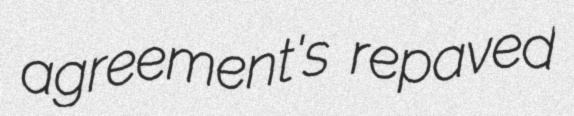
agreement's repaved